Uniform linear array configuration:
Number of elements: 16
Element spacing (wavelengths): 0.5
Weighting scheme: binomial
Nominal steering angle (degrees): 15
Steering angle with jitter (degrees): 15.359
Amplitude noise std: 0.05
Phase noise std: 0.05

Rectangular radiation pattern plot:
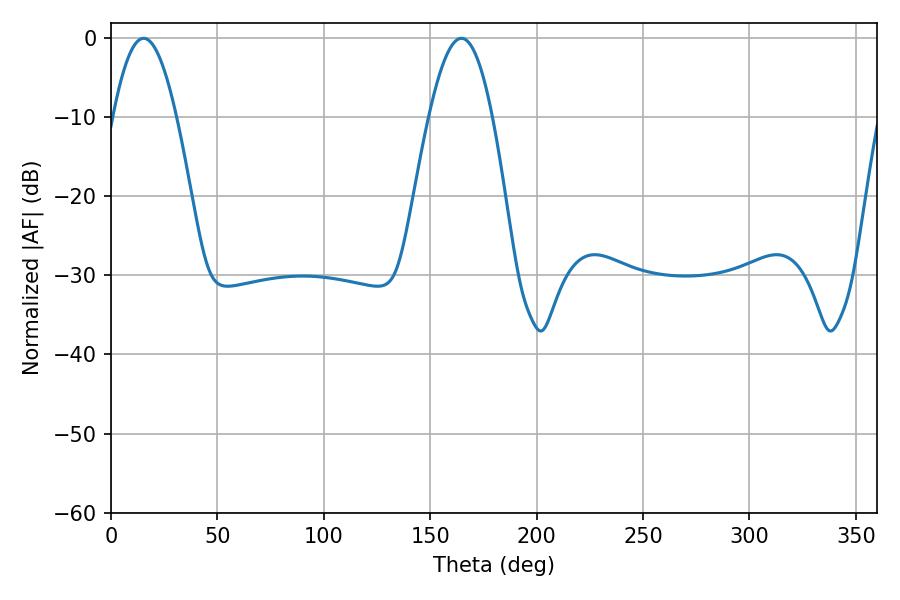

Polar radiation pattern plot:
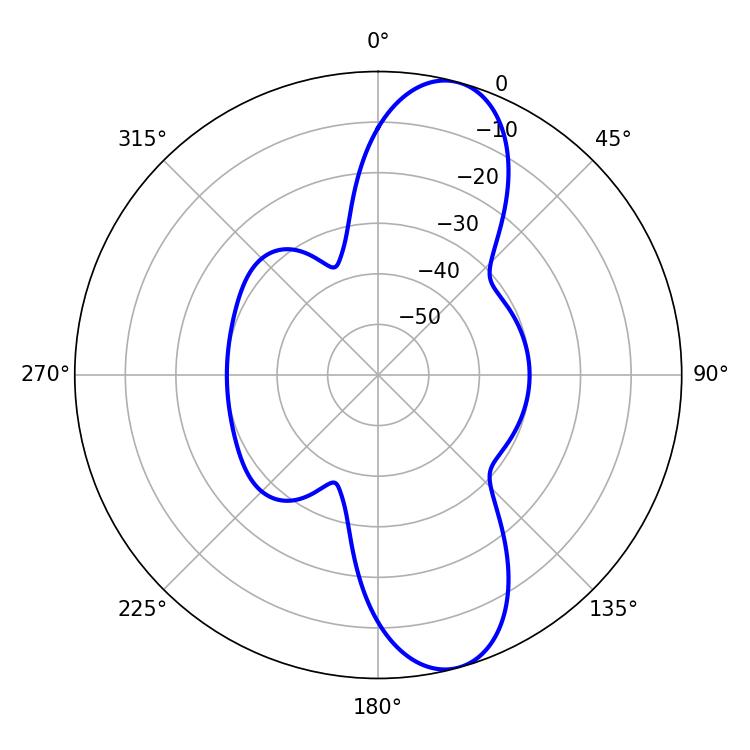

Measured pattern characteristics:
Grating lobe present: FALSE
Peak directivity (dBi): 10.897
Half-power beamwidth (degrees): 16.2
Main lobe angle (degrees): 15.3